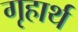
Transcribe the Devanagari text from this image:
गृहार्थ